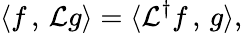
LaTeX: \langle f\, ,\, \mathcal{L}g\rangle=\langle\mathcal{L}^{\dagger}f\, ,\, g\rangle,